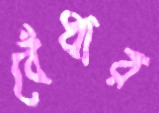
বেঁধার